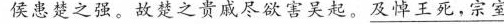
侯患楚之强。故楚之贵戚尽欲害吴起。及悼王死，宗室